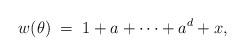
LaTeX: \begin{align*}w(\theta)\;=\;1+a+\dots+a^d+x,\end{align*}